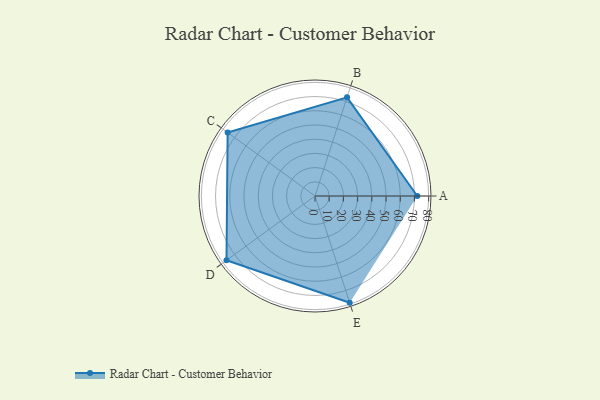
{"axis": {"x": "Skill", "y": "Score"}, "legend": ["Profile"], "data": [{"x": "A", "y": 72.0, "type": "Profile"}, {"x": "B", "y": 73.0, "type": "Profile"}, {"x": "C", "y": 76.0, "type": "Profile"}, {"x": "D", "y": 77.0, "type": "Profile"}, {"x": "E", "y": 79.0, "type": "Profile"}]}